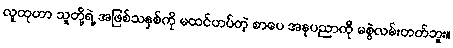
လူထုဟာ သူတို့ရဲ့ အဖြစ်သနှစ်ကို မထင်ဟပ်တဲ့ စာပေ အနုပညာကို မစွဲလမ်းတတ်ဘူး။